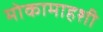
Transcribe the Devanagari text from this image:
मोकामाहशी